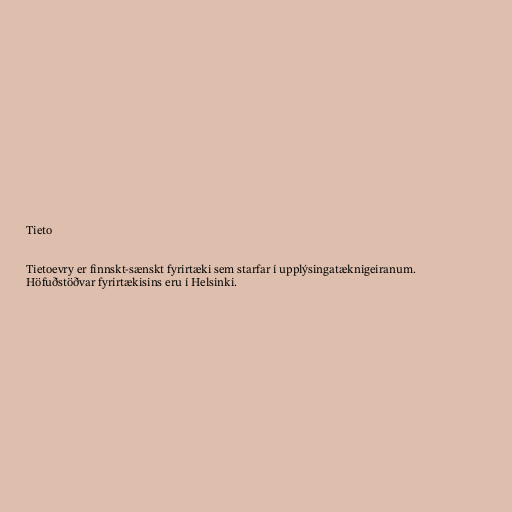
Tieto

Tietoevry er finnskt-sænskt fyrirtæki sem starfar í upplýsingatæknigeiranum.
Höfuðstöðvar fyrirtækisins eru í Helsinki.